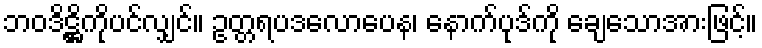
ဘဝဒိဋ္ဌိကိုပင်လျှင်။ ဥတ္တရပဒလောပေန၊ နောက်ပုဒ်ကို ချေသောအားဖြင့်။